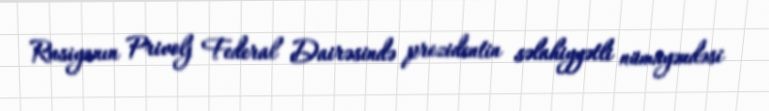
Rusiyanın Privolj Federal Dairəsində prezidentin səlahiyyətli nümayəndəsi